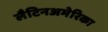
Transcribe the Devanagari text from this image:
लैटिनअमेरिका